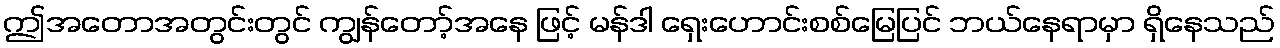
ဤအတောအတွင်းတွင် ကျွန်တော့်အနေ ဖြင့် မန်ဒါ ရှေးဟောင်းစစ်မြေပြင် ဘယ်နေရာမှာ ရှိနေသည်